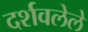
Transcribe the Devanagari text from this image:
दर्शवलेले